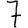
Digit: 7